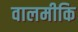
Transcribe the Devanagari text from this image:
वालमीकि